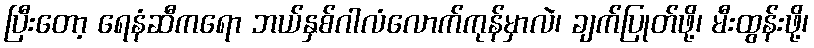
ပြီးတော့ ရေနံဆီကရော ဘယ်နှစ်ဂါလံလောက်ကုန်မှာလဲ၊ ချက်ပြုတ်ဖို့၊ မီးထွန်းဖို့၊